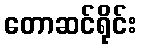
တောဆင်ရိုင်း